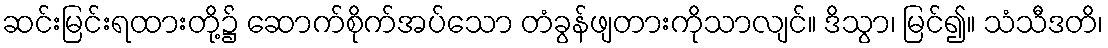
ဆင်းမြင်းရထားတို့၌ ဆောက်စိုက်အပ်သော တံခွန်ဖျတားကိုသာလျင်။ ဒိသွာ၊ မြင်၍။ သံသီဒတိ၊